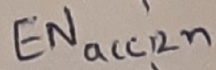
Text: ENacc2n